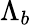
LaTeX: \Lambda_{b}